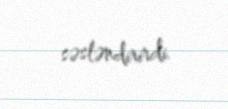
səsləndirirdi.